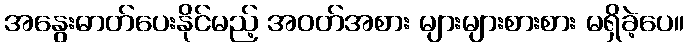
အနွေးဓာတ်ပေးနိုင်မည့် အဝတ်အစား များများစားစား မရှိခဲ့ပေ။